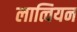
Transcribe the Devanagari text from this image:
लात्वियन